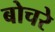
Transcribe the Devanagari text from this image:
बोचरे